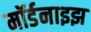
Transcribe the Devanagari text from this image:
मॉर्डनाइझ